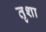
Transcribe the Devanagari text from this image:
तृशा